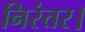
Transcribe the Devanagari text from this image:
निरंतर।